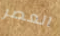
العصر